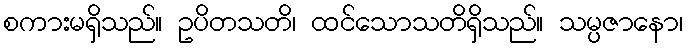
စကားမရှိသည်။ ဥပိတသတိ၊ ထင်သောသတိရှိသည်။ သမ္ပဇာနော၊